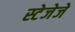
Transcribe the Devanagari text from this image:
स्टेजेजे